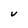
Character: V